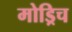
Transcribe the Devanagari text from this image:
मोड्रिच